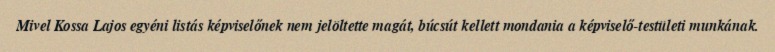
Mivel Kossa Lajos egyéni listás képviselőnek nem jelöltette magát, búcsút kellett mondania a képviselő-testületi munkának.